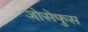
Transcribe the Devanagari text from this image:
जोसेफुस